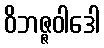
ဝိဘဇ္ဇဝါဒေါ